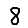
Digit: 8